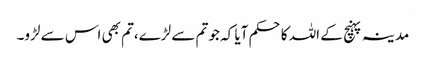
مدینہ پہنچ کے اللہ کاحکم آیا کہ جو تم سے لڑے،تم بھی اس سے لڑو۔